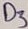
Text: D3